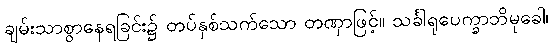
ချမ်းသာစွာနေရခြင်း၌ တပ်နှစ်သက်သော တဏှာဖြင့်။ သင်္ခါရုပေက္ခာဘိမုခေါ၊